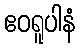
ဧဝရူပါနံ